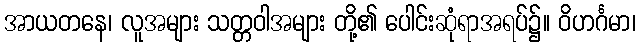
အာယတနေ၊ လူအများ သတ္တဝါအများ တို့၏ ပေါင်းဆုံရာအရပ်၌။ ဝိဟင်္ဂမာ၊